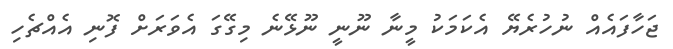
ޖަހާފައެއް ނުހުރެޔޭ އެކަމަކު މީނާ ނޫނީ ނޫޅޭނެ މިގޭގަ އެވަރަށް ފޮނި އެއްޗެހި